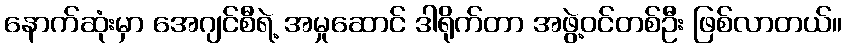
နောက်ဆုံးမှာ အေဂျင်စီရဲ့ အမှုဆောင် ဒါရိုက်တာ အဖွဲ့ဝင်တစ်ဦး ဖြစ်လာတယ်။